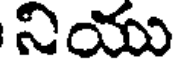
నియు